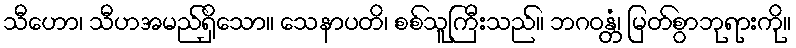
သီဟော၊ သီဟအမည်ရှိသော။ သေနာပတိ၊ စစ်သူကြီးသည်။ ဘဂဝန္တံ၊ မြတ်စွာဘုရားကို။